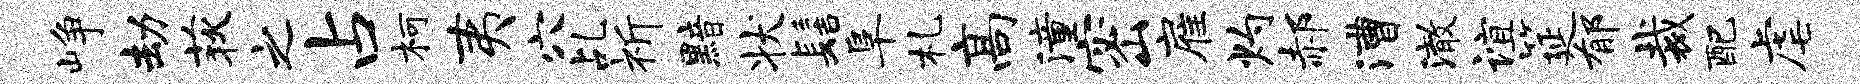
峥劫荻之占柯夷穴乩祈黯状髻阜札高潼密雇灼郝漕澈谊筵郁裁配虐